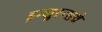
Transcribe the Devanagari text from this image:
इन्‍शुरन्‍सचे